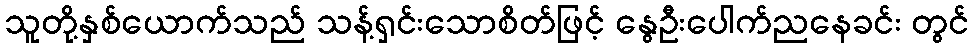
သူတို့နှစ်ယောက်သည် သန့်ရှင်းသောစိတ်ဖြင့် နွေဦးပေါက်ညနေခင်း တွင်